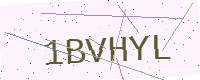
Text: 1BVHYL